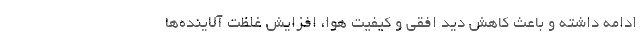
ادامه داشته و باعث کاهش دید افقی و کیفیت هوا، افزایش غلظت آلاینده‌ها